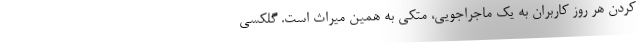
کردن هر روز کاربران به یک ماجراجویی، متکی به همین میراث است. گلکسی